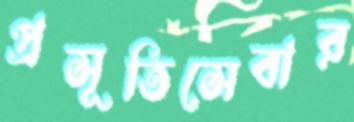
প্রসূতিসেবার